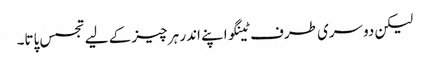
لیکن دوسری طرف ٹینگو اپنے اندر ہر چیز کے لیے تجسس پاتا۔